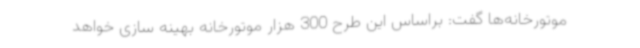
موتورخانه‌ها گفت: براساس این طرح 300 هزار موتورخانه بهینه سازی خواهد